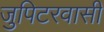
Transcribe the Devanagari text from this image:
जुपिटरवासी